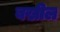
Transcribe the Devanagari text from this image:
बख़ील